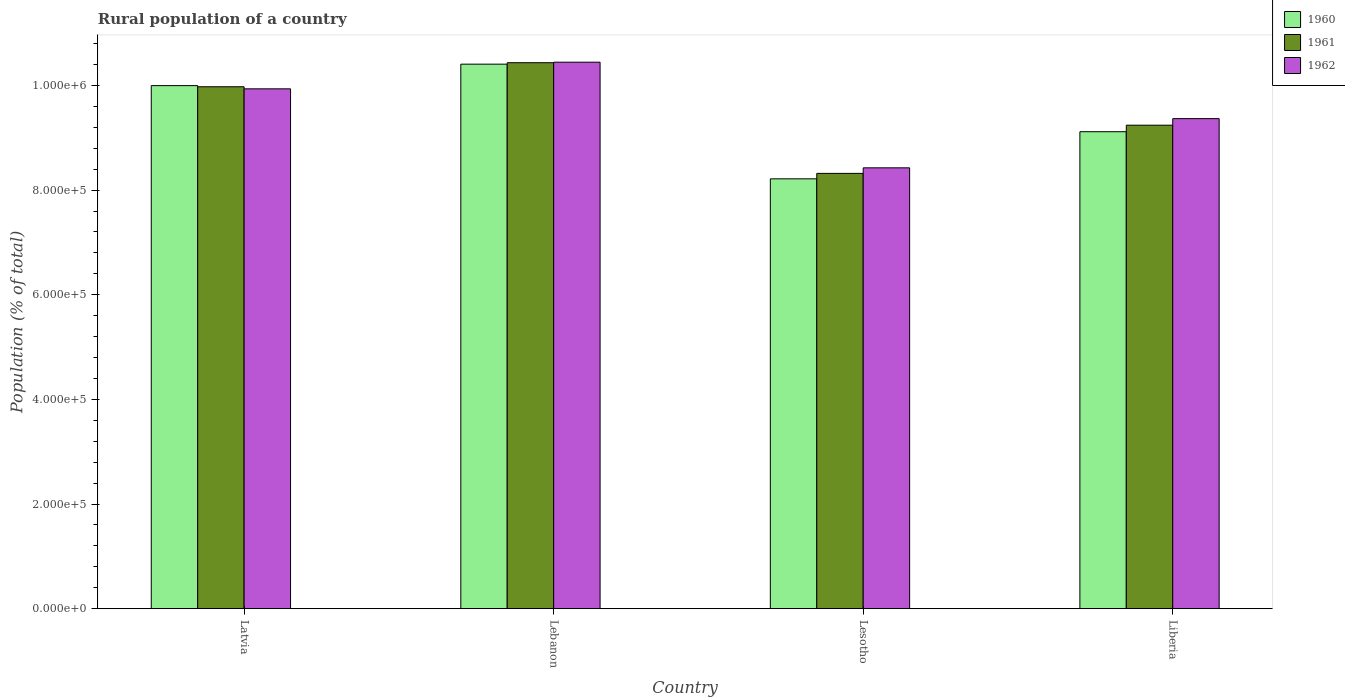
| Country | 1960 | 1961 | 1962 |
 | --- | --- | --- | --- |
 | Latvia | 1e+06 | 9.97e+05 | 9.94e+05 |
 | Lebanon | 1.04e+06 | 1.04e+06 | 1.04e+06 |
 | Lesotho | 8.22e+05 | 8.32e+05 | 8.43e+05 |
 | Liberia | 9.12e+05 | 9.24e+05 | 9.37e+05 |